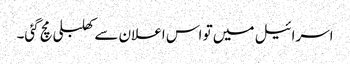
اسرائیل میں تو اس اعلان سے کھلبلی مچ گئی۔